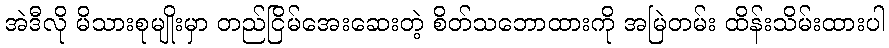
အဲဒီလို မိသားစုမျိုးမှာ တည်ငြိမ်အေးဆေးတဲ့ စိတ်သဘောထားကို အမြဲတမ်း ထိန်းသိမ်းထားပါ